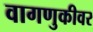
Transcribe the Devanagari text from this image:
वागणुकीवर